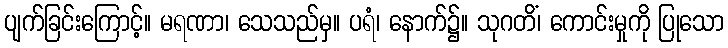
ပျက်ခြင်းကြောင့်။ မရဏာ၊ သေသည်မှ။ ပရံ၊ နောက်၌။ သုဂတိံ၊ ကောင်းမှုကို ပြုသော